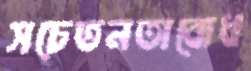
সচেতনতাবোধ